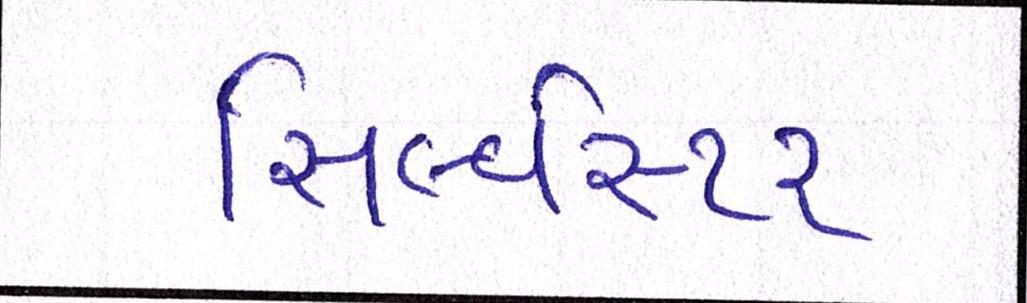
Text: સિલ્વેસ્ટર